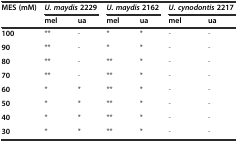
<table><thead><tr><td><b>MES (mM)</b></td><td colspan="2"><b><i>U. maydis</i>2229</b></td><td colspan="2"><b><i>U. maydis</i>2162</b></td><td colspan="2"><b><i>U. cynodontis</i>2217</b></td></tr><tr><td></td><td><b>mel</b></td><td><b>ua</b></td><td><b>mel</b></td><td><b>ua</b></td><td><b>mel</b></td><td><b>ua</b></td></tr></thead><tbody><tr><td><b>100</b></td><td>**</td><td>-</td><td>*</td><td>*</td><td>-</td><td>-</td></tr><tr><td><b>90</b></td><td>**</td><td>-</td><td>*</td><td>*</td><td>-</td><td>-</td></tr><tr><td><b>80</b></td><td>**</td><td>-</td><td>**</td><td>*</td><td>-</td><td>-</td></tr><tr><td><b>70</b></td><td>**</td><td>-</td><td>**</td><td>*</td><td>-</td><td>-</td></tr><tr><td><b>60</b></td><td>*</td><td>*</td><td>**</td><td>*</td><td>-</td><td>-</td></tr><tr><td><b>50</b></td><td>*</td><td>*</td><td>**</td><td>*</td><td>-</td><td>-</td></tr><tr><td><b>40</b></td><td>*</td><td>*</td><td>**</td><td>*</td><td>-</td><td>-</td></tr><tr><td><b>30</b></td><td>*</td><td>*</td><td>**</td><td>*</td><td>-</td><td>-</td></tr></tbody></table>